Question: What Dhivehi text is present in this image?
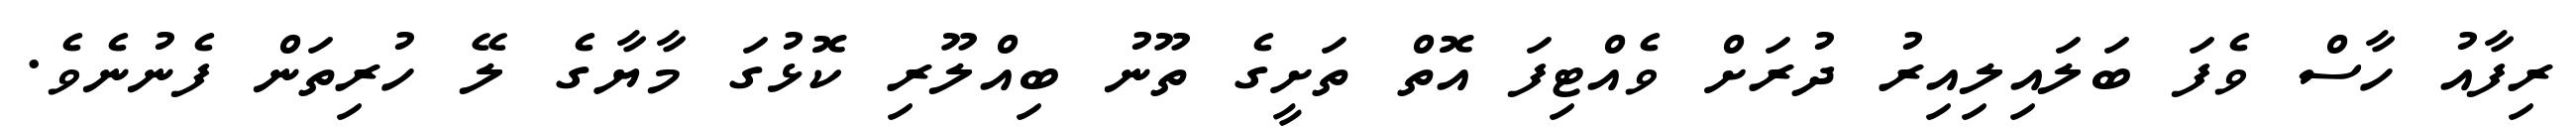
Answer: ރިފާއު ހާސް ވެފަ ބަލައިލިއިރު ދުރަށް ވެއްޓިފަ އޮތް ތަށީގެ ތޫނު ބިއްލޫރި ކޮޅުގަ މާޔާގެ ލޭ ހުރިތަން ފެނުނެވެ.